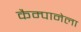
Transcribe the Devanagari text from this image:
कैम्पानेला